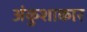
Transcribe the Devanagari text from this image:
अंकुशाकार